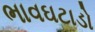
ભાવઘટાડો